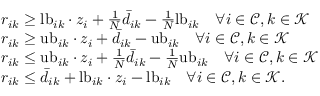
\begin{array} { r l } & { r _ { i k } \geq \mathrm { l b } _ { i k } \cdot z _ { i } + \frac { 1 } { N } \bar { d } _ { i k } - \frac { 1 } { N } \mathrm { l b } _ { i k } \quad \forall i \in \mathcal { C } , k \in \mathcal { K } } \\ & { r _ { i k } \geq \mathrm { u b } _ { i k } \cdot z _ { i } + \bar { d } _ { i k } - \mathrm { u b } _ { i k } \quad \forall i \in \mathcal { C } , k \in \mathcal { K } } \\ & { r _ { i k } \leq \mathrm { u b } _ { i k } \cdot z _ { i } + \frac { 1 } { N } \bar { d } _ { i k } - \frac { 1 } { N } \mathrm { u b } _ { i k } \quad \forall i \in \mathcal { C } , k \in \mathcal { K } } \\ & { r _ { i k } \leq \bar { d } _ { i k } + \mathrm { l b } _ { i k } \cdot z _ { i } - \mathrm { l b } _ { i k } \quad \forall i \in \mathcal { C } , k \in \mathcal { K } . } \end{array}